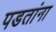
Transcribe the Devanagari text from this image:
पडतांना